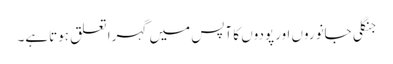
جنگلی جانوروں اورپودوں کا آپس میں گہرا تعلق ہوتاہے۔